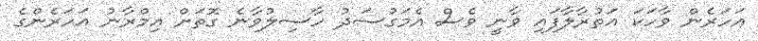
އަހަރެން ވާހަކަ އަތުރާލާފައި ވާނީ ވެސް އެމަގުސަދު ހާސިލުވާނެ ގޮތަށް އިމްރާނު އަހަރެންގެ